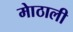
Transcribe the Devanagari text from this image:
माेठाली